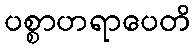
ပစ္စာဟရာပေတိ